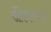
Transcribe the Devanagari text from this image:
संविधानातच